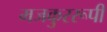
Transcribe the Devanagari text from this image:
मजकुररूपी